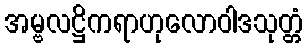
အမ္ဗလဋ္ဌိကရာဟုလောဝါဒသုတ္တံ